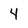
Character: 4